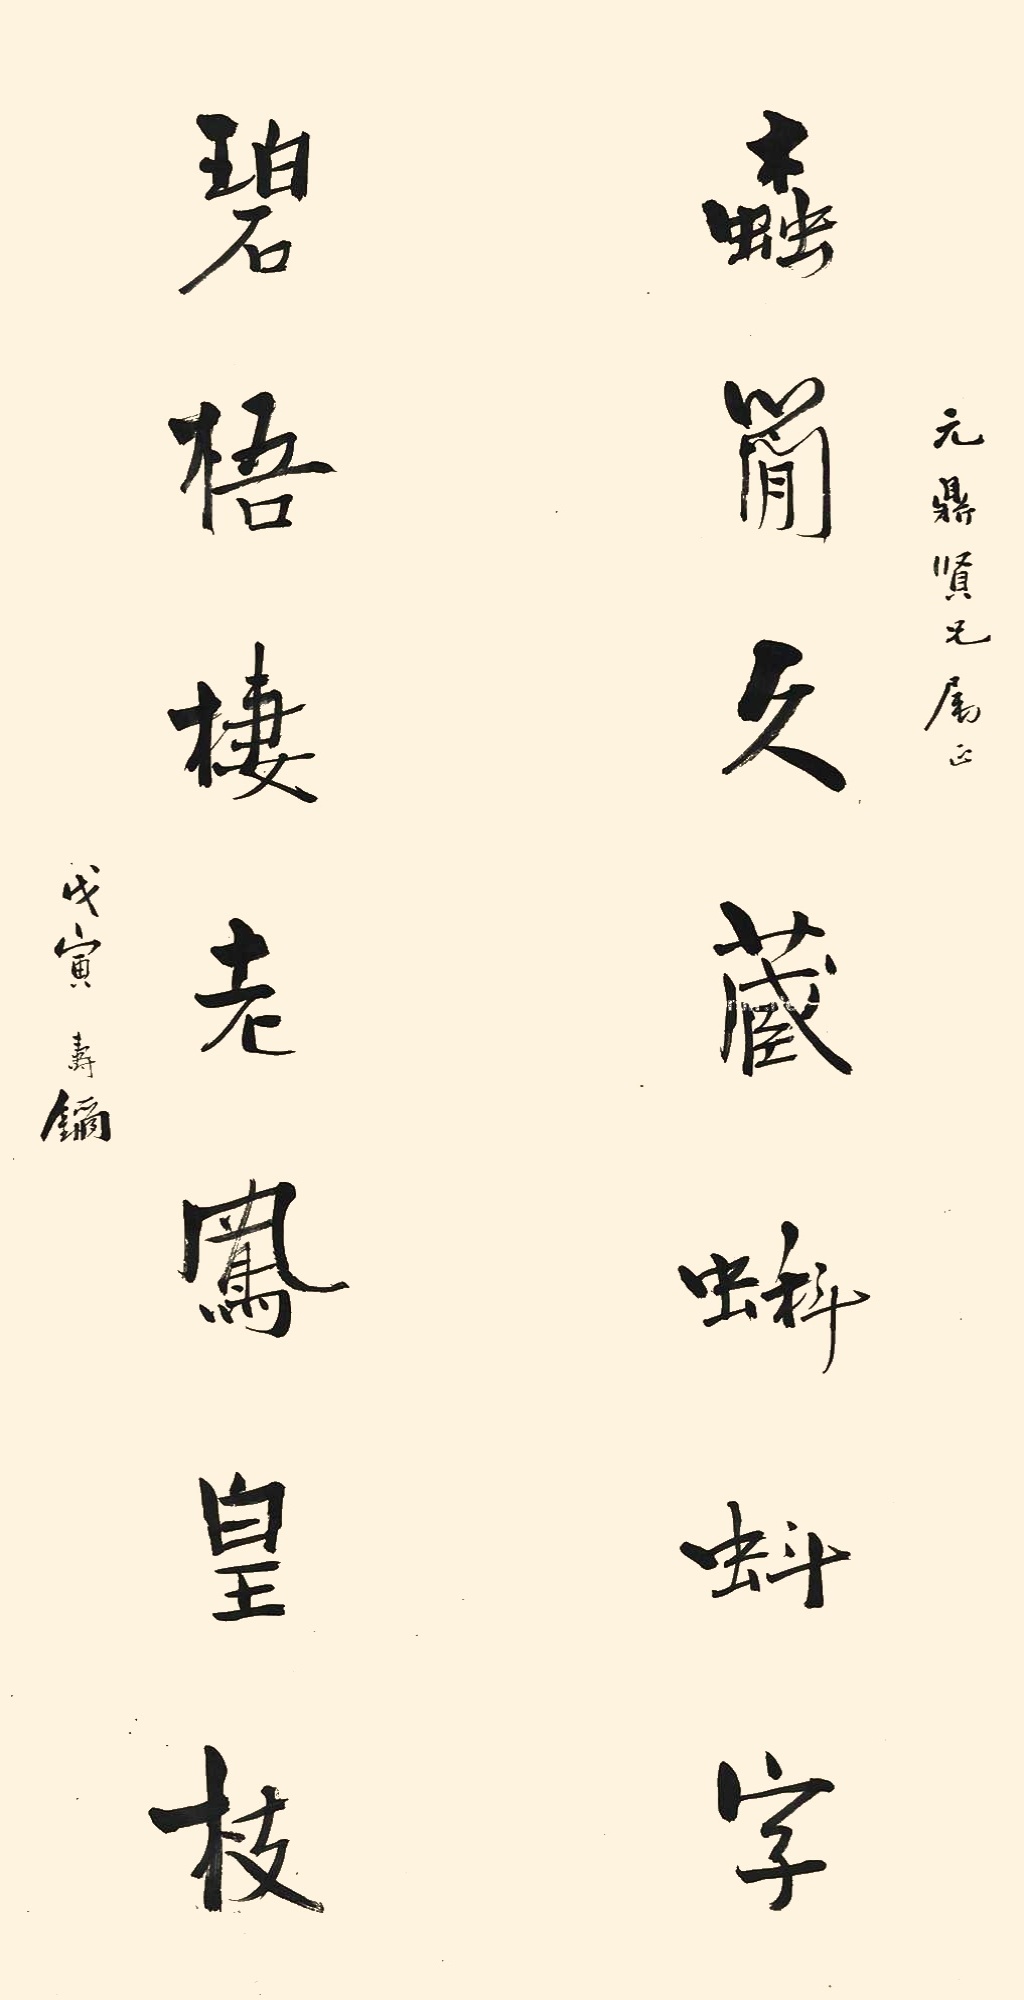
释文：蠹简久藏蝌蚪字，碧梧栖老凤皇枝。元鼎贤兄属正。戊寅，寿鑈。